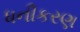
ધનીકરણ